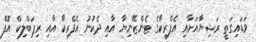
ވަޑައިގަތީ ރަޝިޔާއަށާއި އެފްރިކާގެ ޓެންޒޭނިޔާ އާއި ދެކުނު އެފްރިކާ އާއި ރިޕަބްލިކް އޮފް